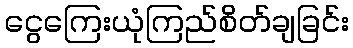
ငွေကြေးယုံကြည်စိတ်ချခြင်း